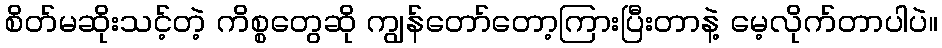
စိတ်မဆိုးသင့်တဲ့ ကိစ္စတွေဆို ကျွန်တော်တော့ကြားပြီးတာနဲ့ မေ့လိုက်တာပါပဲ။